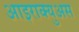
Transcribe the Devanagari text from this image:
आइराक्युअस